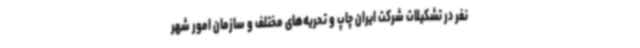
نفر در تشکیلات شرکت ایران چاپ و تحریه‌های مختلف و سازمان امور شهر